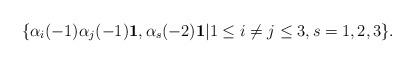
LaTeX: \begin{align*} \{\alpha_i(-1)\alpha_j(-1)\mathbf{1}, \alpha_s(-2)\mathbf{1}|1\leq i\neq j\leq 3, s=1,2,3\}.\end{align*}